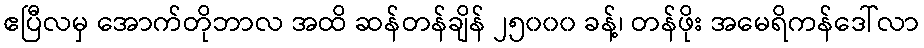
ဧပြီလမှ အောက်တိုဘာလ အထိ ဆန်တန်ချိန် ၂၅၀၀၀ ခန့်၊ တန်ဖိုး အမေရိကန်ဒေါ်လာ